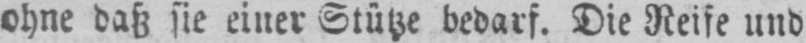
ohne daß sie einer Stütze bedarf. Die Reife und